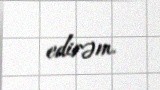
edirəm.